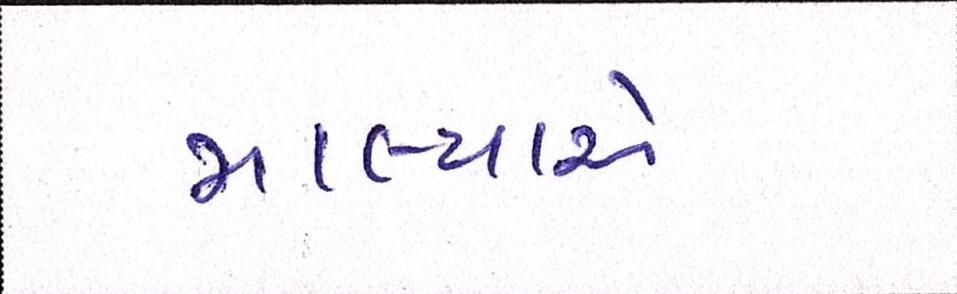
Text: માલ્યાએ